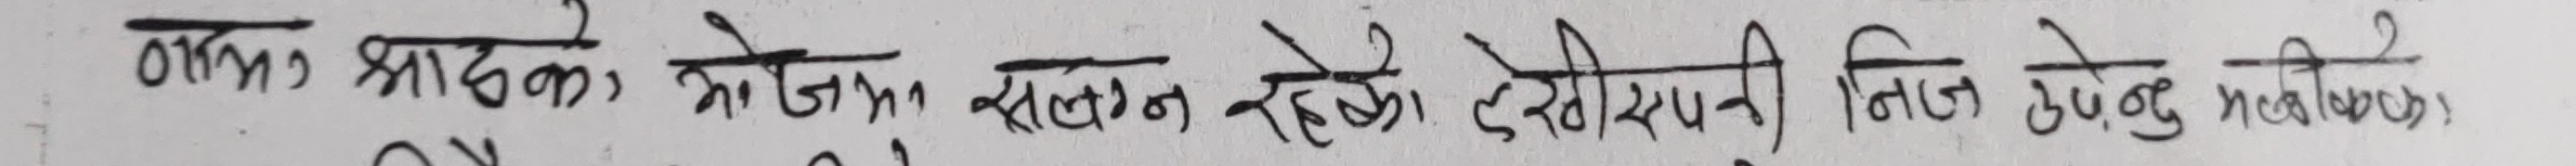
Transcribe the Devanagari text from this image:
ठाँउ झाडेको भोजन सलन रहेको देखिस्पीत निजी उपेंदु मरीकन,